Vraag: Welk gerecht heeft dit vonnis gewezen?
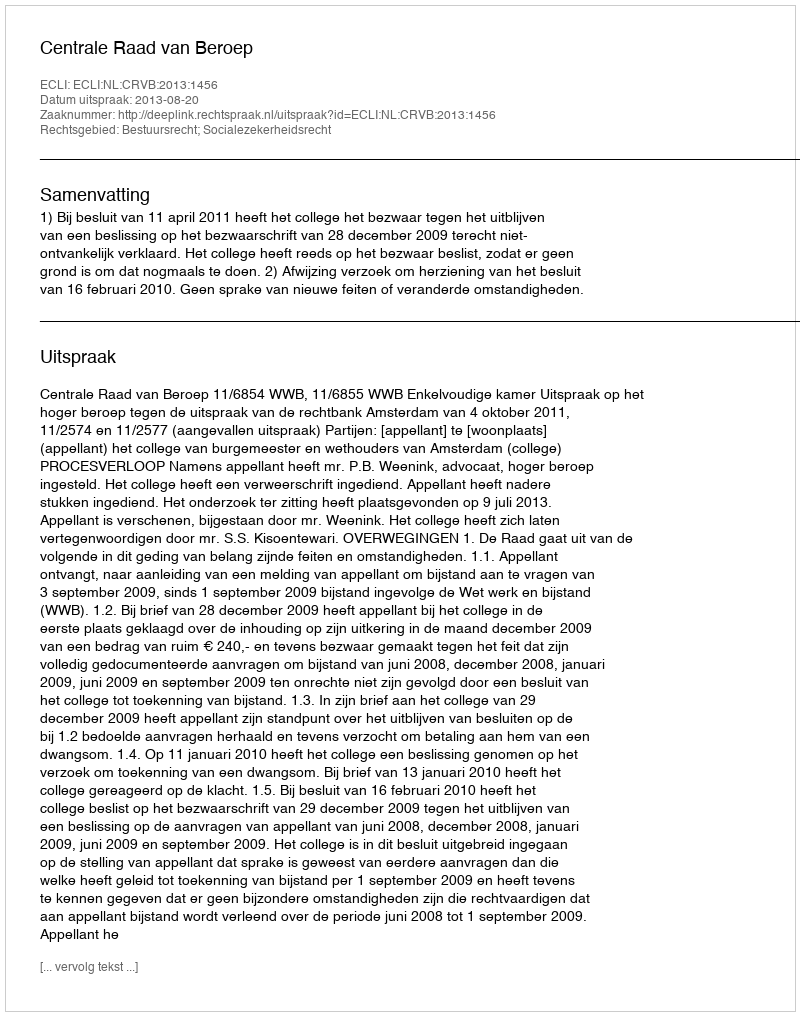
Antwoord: Centrale Raad van Beroep